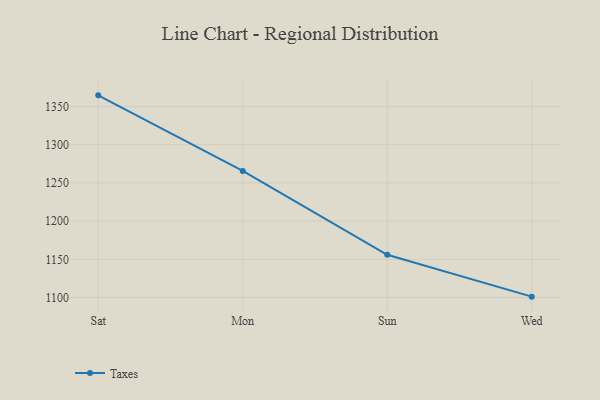
{"axis": {"x": "Day", "y": "Temperature (°C)"}, "legend": ["Taxes"], "data": [{"x": "Sat", "y": 1364.5, "type": "Taxes"}, {"x": "Mon", "y": 1265.7, "type": "Taxes"}, {"x": "Sun", "y": 1156.0, "type": "Taxes"}, {"x": "Wed", "y": 1101.2, "type": "Taxes"}]}